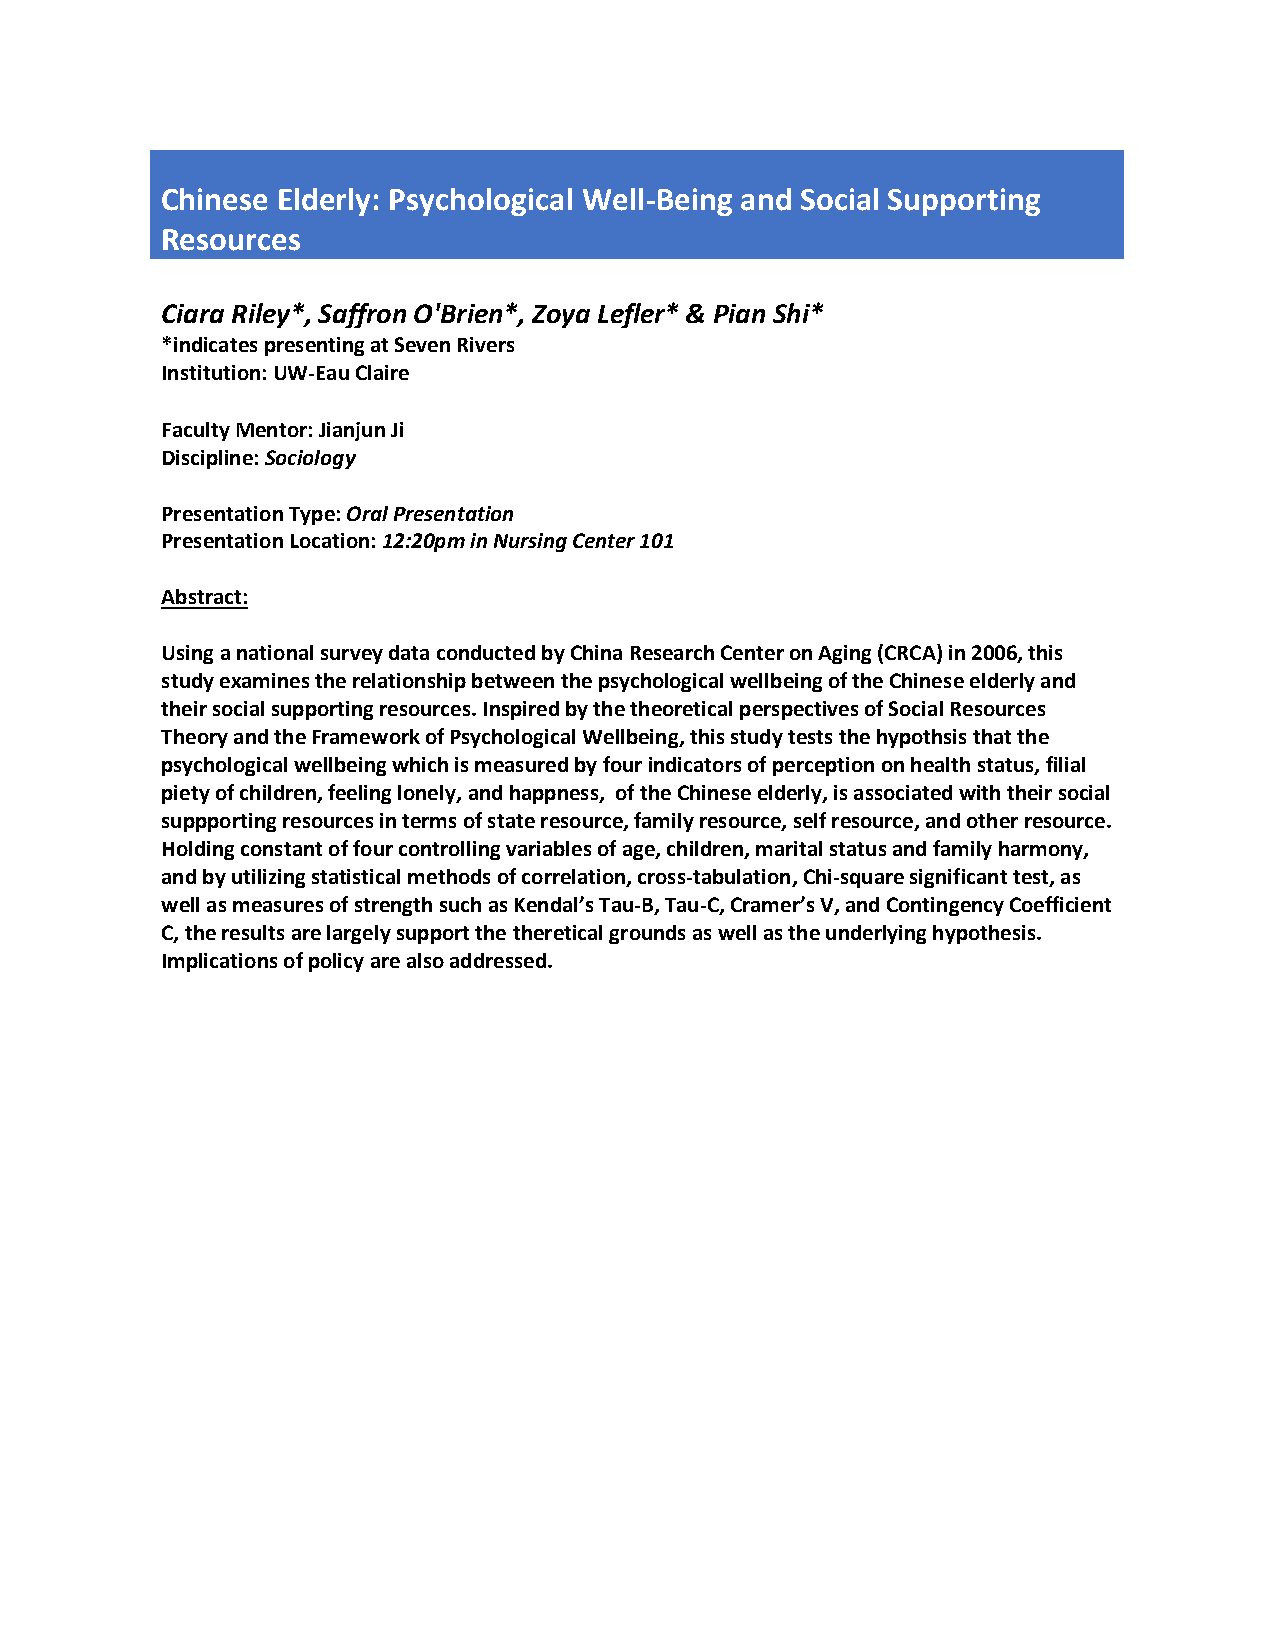
Chinese Elderly: Psychological Well-Being and Social Supporting
 Resources
 Ciara Riley*, Saffron O'Brien*, Zoya Lefler* & Pian Shi*
 *indicates presenting at Seven Rivers
 Institution: UW-Eau Claire
 Faculty Mentor: Jianjun Ji
 Discipline: Sociology
 Presentation Type: Oral Presentation
 Presentation Location: 12:20pm in Nursing Center 101
 Abstract:
 Using a national survey data conducted by China Research Center on Aging (CRCA) in 2006, this
 study examines the relationship between the psychological wellbeing of the Chinese elderly and
 their social supporting resources. Inspired by the theoretical perspectives of Social Resources
 Theory and the Framework of Psychological Wellbeing, this study tests the hypothsis that the
 psychological wellbeing which is measured by four indicators of perception on health status, filial
 piety of children, feeling lonely, and happness, of the Chinese elderly, is associated with their social
 suppporting resources in terms of state resource, family resource, self resource, and other resource.
 Holding constant of four controlling variables of age, children, marital status and family harmony,
 and by utilizing statistical methods of correlation, cross-tabulation, Chi-square significant test, as
 well as measures of strength such as Kendal’s Tau-B, Tau-C, Cramer’s V, and Contingency Coefficient
 C, the results are largely support the theretical grounds as well as the underlying hypothesis.
 Implications of policy are also addressed.